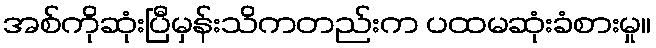
အစ်ကိုဆုံးပြီမှန်းသိကတည်းက ပထမဆုံးခံစားမှု။